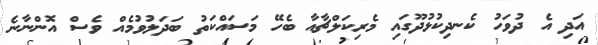
އަދި އެ ދުވަހު ކެނދިކުޅުދޫގައި މެރިކަލްޗާއާ ބެހޭ މަސައްކަތު ބަދަލުވުމެއް ވެސް އޮންނާނެ